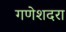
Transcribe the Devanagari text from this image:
गणेशदरा